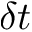
\delta t